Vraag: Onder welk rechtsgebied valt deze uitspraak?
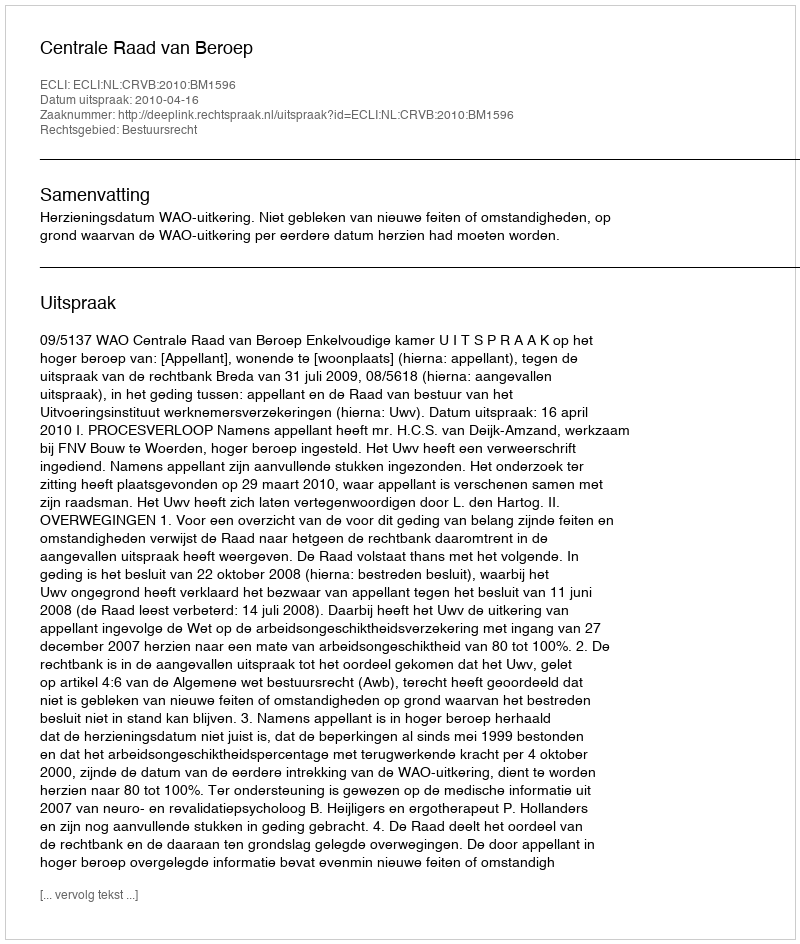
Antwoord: Bestuursrecht